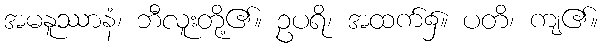
အမနူဿာနံ၊ ဘီလူးတို့၏။ ဥပရိ၊ အထက်၌။ ပတိ၊ ကျ၏။